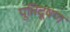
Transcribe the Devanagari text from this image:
पूतिदूषण